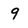
Character: 9